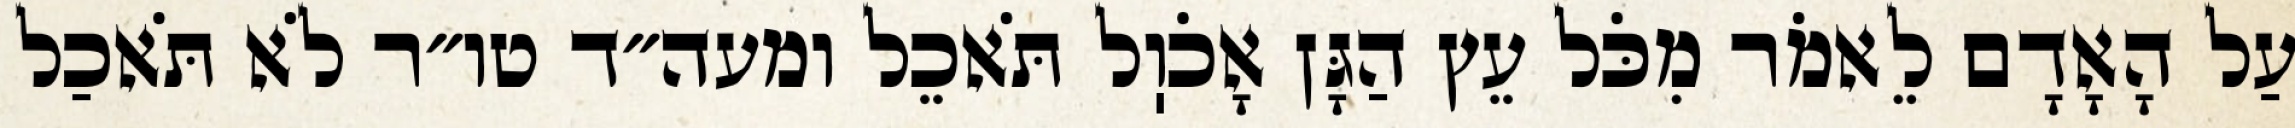
עַל הָאָדָם לֵאמֹר מִכֹּל עֵץ הַגָּן אָכֹוֽל תֹּאכֵל ומעה״ד טו״ר לֹא תֹּאכַל